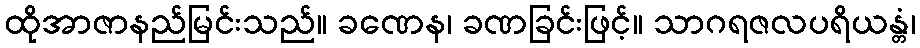
ထိုအာဇာနည်မြင်းသည်။ ခဏေန၊ ခဏခြင်းဖြင့်။ သာဂရဇလပရိယန္တံ၊